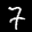
Label: 7